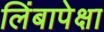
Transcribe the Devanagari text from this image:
लिंबापेक्षा